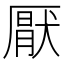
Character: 厭